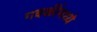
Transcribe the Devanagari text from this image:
गवळींमध्ये